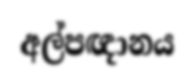
අල්පඥානය